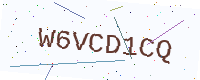
Text: W6VCD1CQ